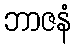
ဘာဇနံ